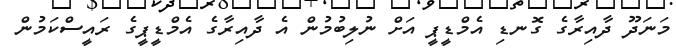
މަނަދޫ ދާއިރާގެ ގޮނޑި އެމްޑީޕީ އަށް ނުލިބުމުން އެ ދާއިރާގެ އެމްޑީޕީގެ ރައީސްކަމުން